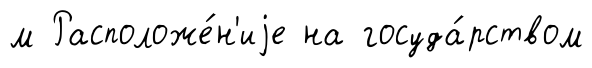
м Расположе́н'иjе на госуда́рством